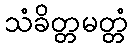
သံခိတ္တမတ္တံ